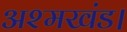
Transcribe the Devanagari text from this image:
अश्मखंड।